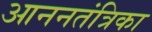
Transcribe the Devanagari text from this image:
आननतंत्रिका